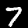
Digit: 7